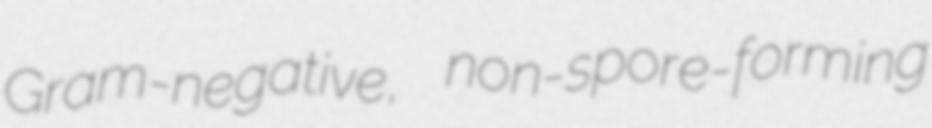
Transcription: Gram-negative, non-spore-forming